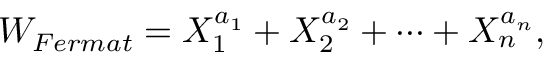
W _ { F e r m a t } = X _ { 1 } ^ { a _ { 1 } } + X _ { 2 } ^ { a _ { 2 } } + \cdots + X _ { n } ^ { a _ { n } } ,